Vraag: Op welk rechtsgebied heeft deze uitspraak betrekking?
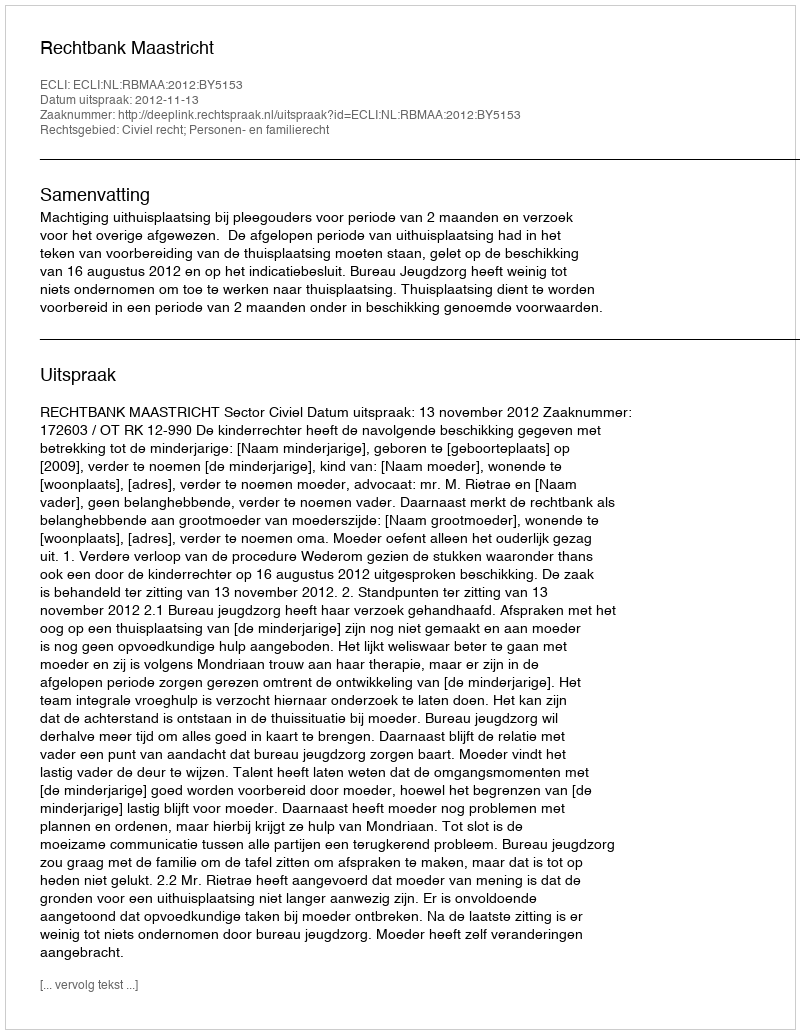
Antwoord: Civiel recht; Personen- en familierecht